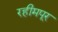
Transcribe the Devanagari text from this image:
रहीमपूर